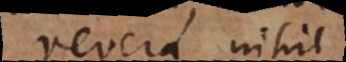
revera nihil